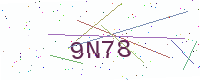
Text: 9N78